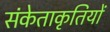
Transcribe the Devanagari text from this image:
संकेताकृतियों